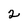
Character: 2